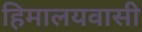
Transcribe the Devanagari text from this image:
हिमालयवासी